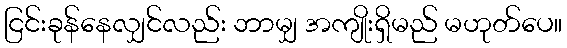
ငြင်းခုန်နေလျှင်လည်း ဘာမျှ အကျိုးရှိမည် မဟုတ်ပေ။